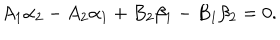
A _ { 1 } \alpha _ { 2 } - A _ { 2 } \alpha _ { 1 } + B _ { 2 } \beta _ { 1 } - B _ { 1 } \beta _ { 2 } = 0 .